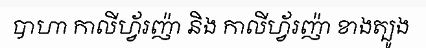
បាហា កាលីហ្វ័រញ៉ា និង កាលីហ្វ័រញ៉ា ខាងត្បូង